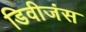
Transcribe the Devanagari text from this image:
डिवीजंस